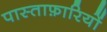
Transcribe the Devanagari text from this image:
पास्ताफ़ारियों